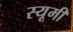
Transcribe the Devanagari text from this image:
स्यूमी